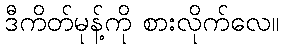
ဒီကိတ်မုန့်ကို စားလိုက်လေ။